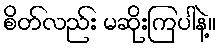
စိတ်လည်း မဆိုးကြပါနဲ့။